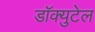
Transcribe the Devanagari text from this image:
डॉक्युटेल